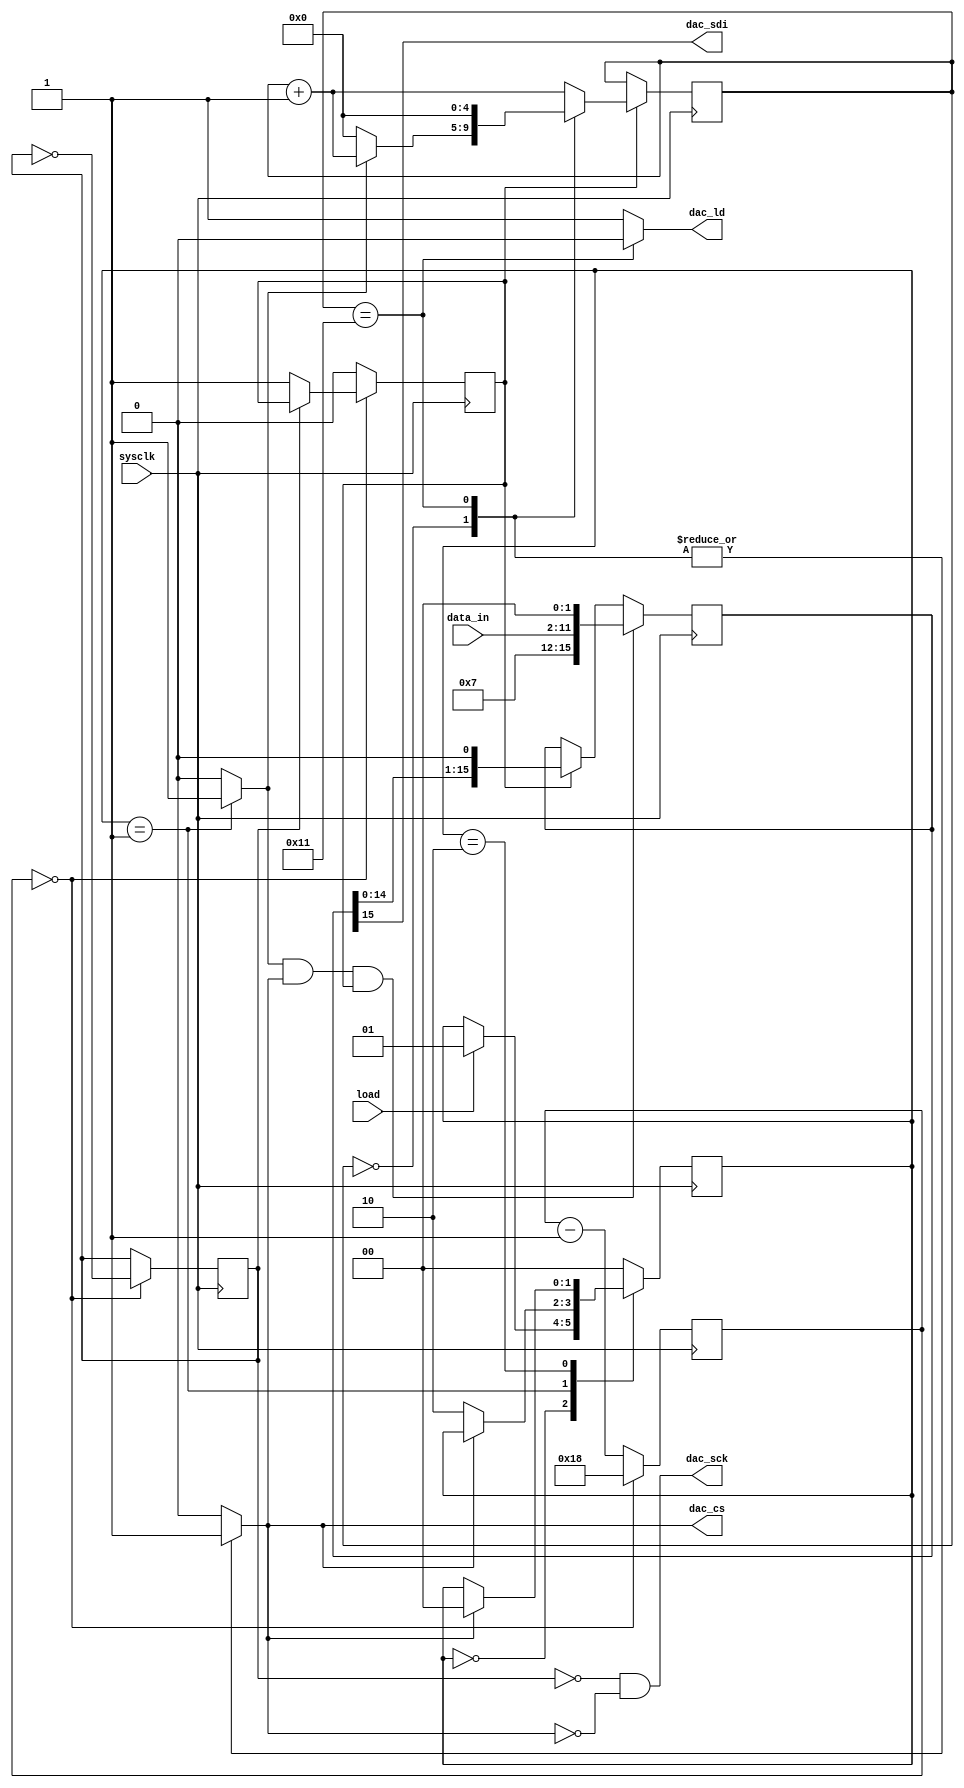
//------------------------------
// Module name: spi2dac
// Function: SPI interface for MPC4911 DAC
// Creator:  Peter Cheung
// Version:  3.0
//------------------------------

module spi2dac (sysclk, data_in, load, dac_sdi, dac_cs, dac_sck, dac_ld);

	input	sysclk;			// 50MHz system clock of DE1
	input	[9:0]	data_in;	// input data to DAC
	input	load;				// Pulse to load data to dac
	output dac_sdi;		// SPI serial data out
	output dac_cs;			// chip select - low when sending data to dac
	output dac_sck;		// SPI clock, 16 cycles at half sysclk freq
	output dac_ld;

//-------------Input Ports-----------------------------
// All the input ports should be wires
	wire			sysclk, load;
	wire [9:0]	data_in;
	
//-------------Output Ports-----------------------------
// Output port can be a storage element (reg) or a wire
	reg			dac_cs, dac_ld;
	wire			dac_sck, dac_sdi;
	
	parameter	BUF=1'b1;		// 0:no buffer, 1:Vref buffered
	parameter	GA_N=1'b1;		// 0:gain = 2x, 1:gain = 1x
	parameter	SHDN_N=1'b1;	// 0:power down, 1:dac active
	
	wire [3:0] cmd = {1'b0,BUF,GA_N,SHDN_N};  // wire to VDD or GND
	
	// --- internal 1MHz symmetical clock generator -----
	reg			clk_1MHz;	// 1Mhz clock derived from 50MHz
	reg [4:0]	ctr;			// internal counter
	reg			tick;			// 1MHz clock tick (1 cycle of 20ns every 1 usec)
	
	parameter	TC = 5'd24;  // Terminal count - change this for diff clk freq
	initial begin
		clk_1MHz = 0;			// don't need to reset - don't care if it is 1 or 0 to start
		ctr = 5'b0;				//  ... Initialise when FPGA is configured
		tick = 1'b0;
	end
		
	always @ (posedge sysclk)    
	  if (ctr==0) begin
		  ctr <= TC;
		  if (clk_1MHz==1'b0) 
				tick <= 1'b1;
		  clk_1MHz <= ~clk_1MHz; // toggle the output clock for squarewave
		end
	  else begin
		  ctr <= ctr - 1'b1;
		  tick <= 1'b0;
		end
	// ---- end internal 1MHz symmetical clock generator ----------

	// ---- FSM to detect rising edge of load and falling edge of dac_cs
	// .... sr_state set on posedge of load
	// .... sr_state reset when dac_cs goes high at the end of DAC output cycle
	reg [1:0] 	sr_state;
	parameter	IDLE  = 2'b00,WAIT_CSB_FALL = 2'b01, WAIT_CSB_HIGH = 2'b10;
	reg			dac_start;		 // set if a DAC write is detected
	
	initial begin
		sr_state = IDLE;
		dac_start = 1'b0;	// set while sending data to DAC
		end
	
	always @ (posedge sysclk)  // state transition
		case (sr_state)
			IDLE:	if (load==1'b1) sr_state <= WAIT_CSB_FALL;
			WAIT_CSB_FALL: if (dac_cs==1'b0) sr_state <= WAIT_CSB_HIGH;
			WAIT_CSB_HIGH: if (dac_cs==1'b1) sr_state <= IDLE;
			default: sr_state <= IDLE;
		endcase
	
	always @ (*)
		case (sr_state)
			IDLE: dac_start = 1'b0;
			WAIT_CSB_FALL: dac_start = 1'b1;
			WAIT_CSB_HIGH: dac_start = 1'b0;
			default: dac_start = 1'b0;
		endcase
		
	//------- End circuit to detect start and end of conversion	state machine

	//------- spi controller FSM
	// .... with 17 states (idle, and S1-S16 
	// .... for the 16 cycles each sending 1-bit to dac)
	reg [4:0] 	state;
	
	initial	begin	
		state = 5'b0; dac_ld = 1'b0; dac_cs = 1'b1; 
		end
		
	always @(posedge sysclk)  // FSM state transition
		if (tick==1'b1)
		case (state)
			5'd0:	if (dac_start == 1'b1)    // waiting to start
						state <= state + 1'b1; 
					else 
						state <= 5'b0; 
			5'd17: 	state <= 5'd0;  // go back to idle state
			default: state <= state + 1'b1;	// default go to next state
		endcase
	
	always @ (*)	begin			// FSM output
		dac_cs = 1'b0;  dac_ld = 1'b1;
		case (state)
			5'd0: 	dac_cs = 1'b1;
			5'd17: 	begin dac_cs = 1'b1; dac_ld = 1'b0; end
			default: begin dac_cs = 1'b0;	dac_ld = 1'b1;	end
			endcase
		end //always
	// --------- END of spi controller FSM
	
	// shift register for output data
	reg [15:0] shift_reg;
	initial	begin	
		shift_reg = 16'b0; 
		end

	always @(posedge sysclk)
		if((dac_start==1'b1)&&(dac_cs==1'b1)&&(tick==1'b1))		// parallel load data to shift reg
			shift_reg <= {cmd,data_in,2'b00};
		else if (tick==1'b1)													// .. else start shifting
			shift_reg <= {shift_reg[14:0],1'b0};
	
	// Assign outputs to drive SPI interface to DAC
			assign dac_sck = !clk_1MHz&!dac_cs;
			assign dac_sdi = shift_reg[15];
endmodule